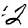
Digit: 2